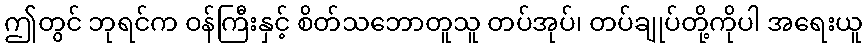
ဤတွင် ဘုရင်က ဝန်ကြီးနှင့် စိတ်သဘောတူသူ တပ်အုပ်၊ တပ်ချုပ်တို့ကိုပါ အရေးယူ